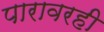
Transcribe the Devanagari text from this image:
पारावरही